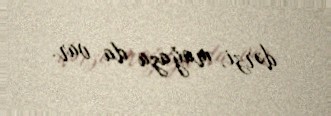
dərzi, mağaza da var.